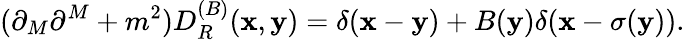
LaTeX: (\partial_{M}\partial^{M}+m^{2})D_{R}^{(B)}(\mathbf{x},\mathbf{y})=\delta(\mathbf{x}-\mathbf{y})+B(\mathbf{y})\delta(\mathbf{x}-\sigma(\mathbf{y})).